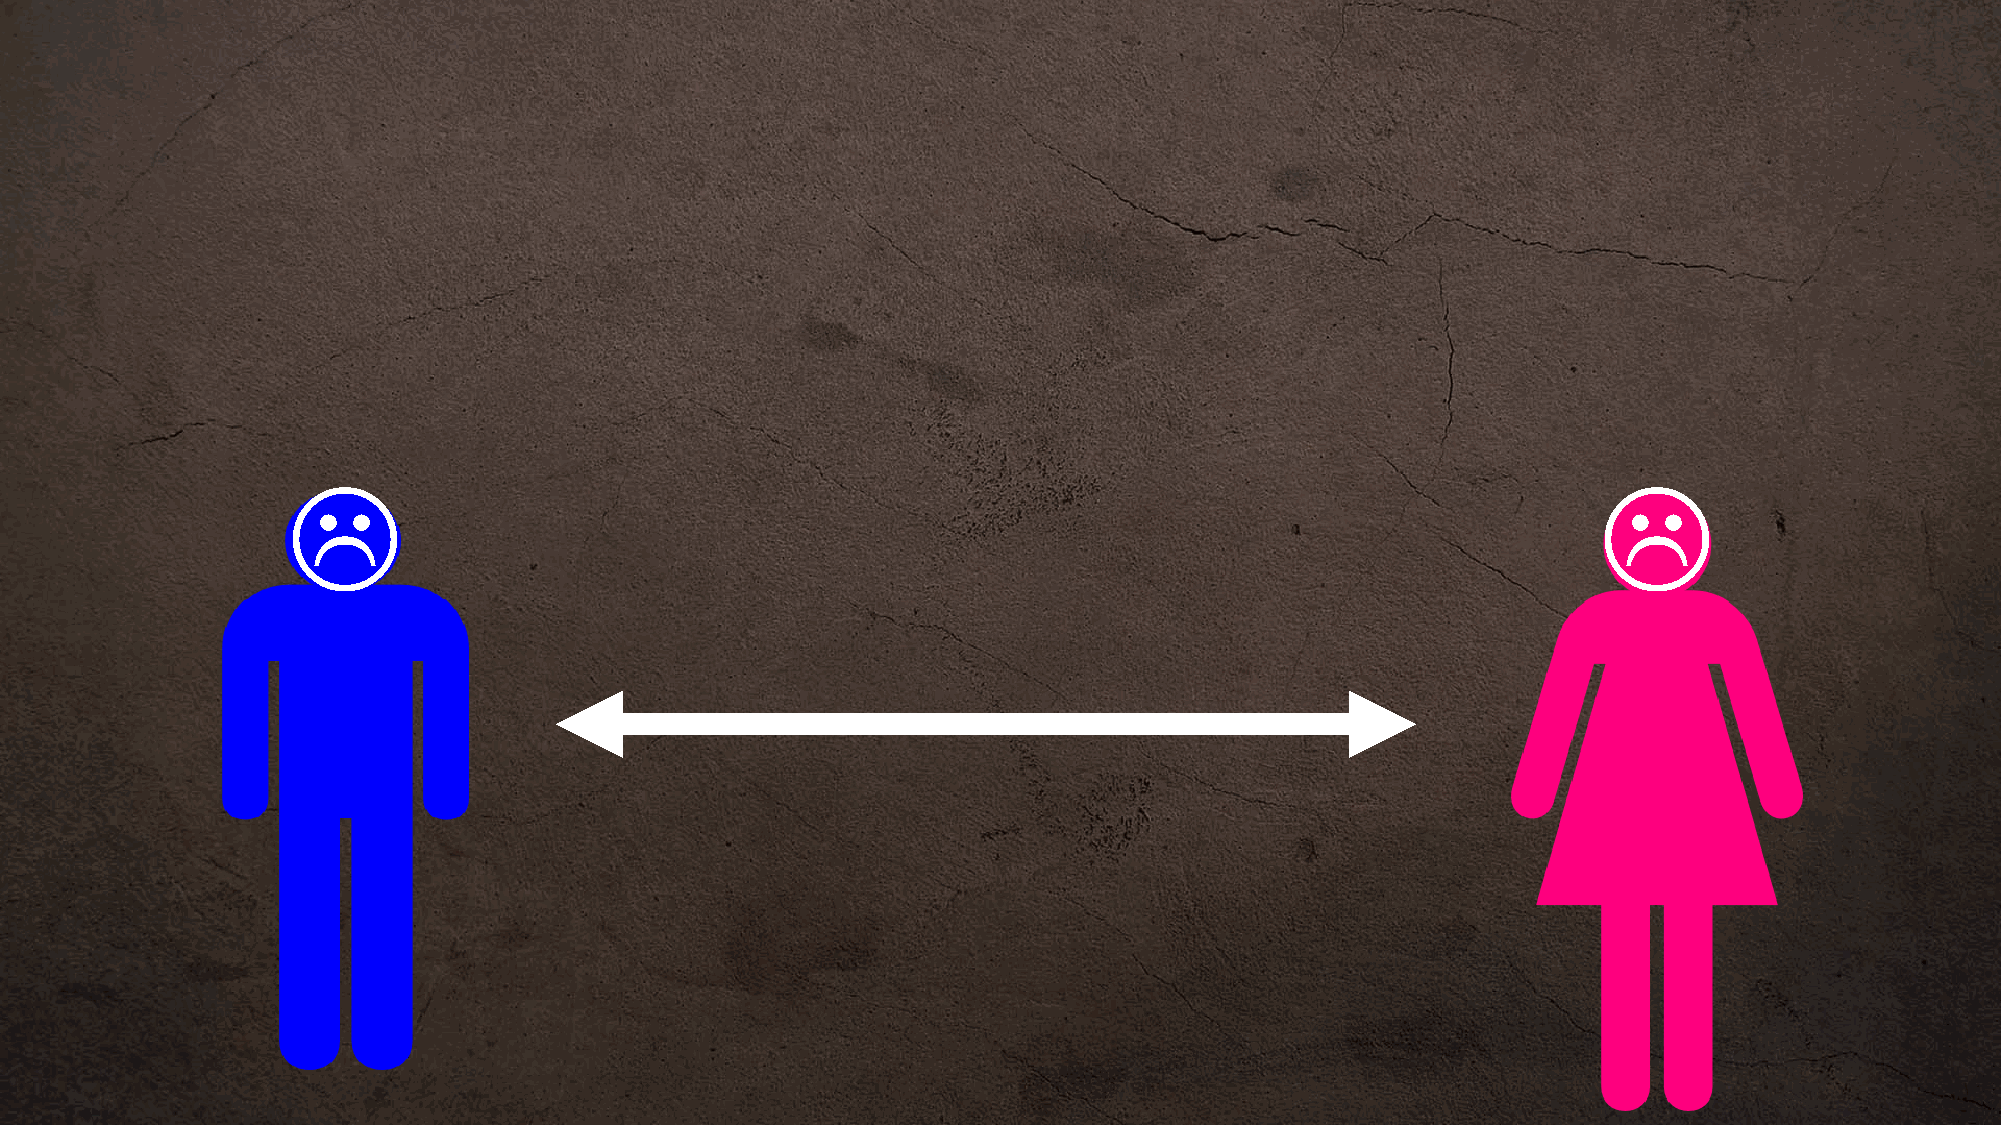
L                                                                                      L